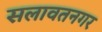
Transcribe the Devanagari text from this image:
सलावतनगर